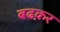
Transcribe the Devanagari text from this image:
बढक़र